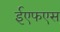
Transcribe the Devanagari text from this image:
ईएफएस